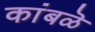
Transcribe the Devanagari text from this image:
कांबळॆ